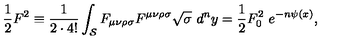
{ \frac { 1 } { 2 } } F ^ { 2 } \equiv { \frac { 1 } { 2 \cdot 4 ! } } \int _ { { \cal S } } F _ { \mu \nu \rho \sigma } F ^ { \mu \nu \rho \sigma } \sqrt { \sigma } \ d ^ { n } y = { \frac { 1 } { 2 } } F _ { 0 } ^ { 2 } \ e ^ { - n \psi ( x ) } ,